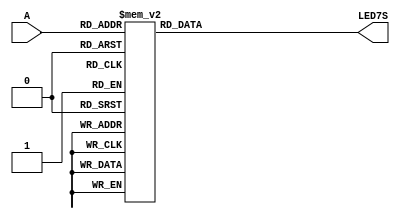
module LED7S(A,LED7S);
input[3:0] A;
output[6:0] LED7S;
reg[6:0] LED7S;
always@(A)
	case (A)
		4'b0000 : LED7S<=7'b0111111;
		4'b0001 : LED7S<=7'b0000110;
		4'b0010 : LED7S<=7'b1011011;
		4'b0011 : LED7S<=7'b1001111;
		4'b0100 : LED7S<=7'b1100110;
		4'b0101 : LED7S<=7'b1101101;
		4'b0110 : LED7S<=7'b1111101;
		4'b0111 : LED7S<=7'b0000111;
		4'b1000 : LED7S<=7'b1111111;
		4'b1001 : LED7S<=7'b1101111;
		4'b1010 : LED7S<=7'b1110111;
		4'b1011 : LED7S<=7'b1111100;
		4'b1100 : LED7S<=7'b0111001;
		4'b1101 : LED7S<=7'b1011110;
		4'b1110 : LED7S<=7'b1110001;
		4'b1111 : LED7S<=7'b1110001;
		default : LED7S<=7'b0111111;
	endcase
endmodule